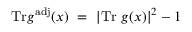
\mathrm { T r } g ^ { \mathrm { a d j } } ( x ) ~ = ~ \left| \mathrm { T r } ~ g ( x ) \right| ^ { 2 } - 1